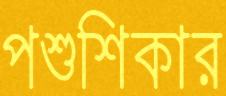
পশুশিকার